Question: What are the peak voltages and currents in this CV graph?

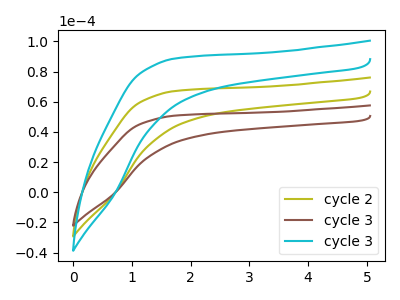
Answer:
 <answer>The olive curve "cycle 2" has no peaks. The brown curve "cycle 3" has no peaks. The cyan curve "cycle 3" has no peaks.</answer>
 <eval></eval>